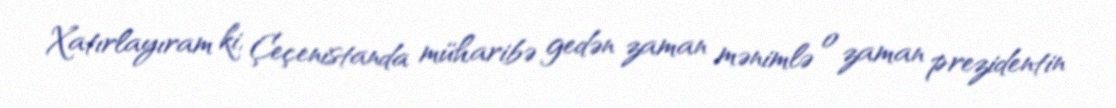
Xatırlayıram ki, Çeçenistanda müharibə gedən zaman mənimlə o zaman prezidentin